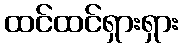
ထင်ထင်ရှားရှား